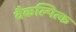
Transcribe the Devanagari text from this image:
वैकल्पित्क